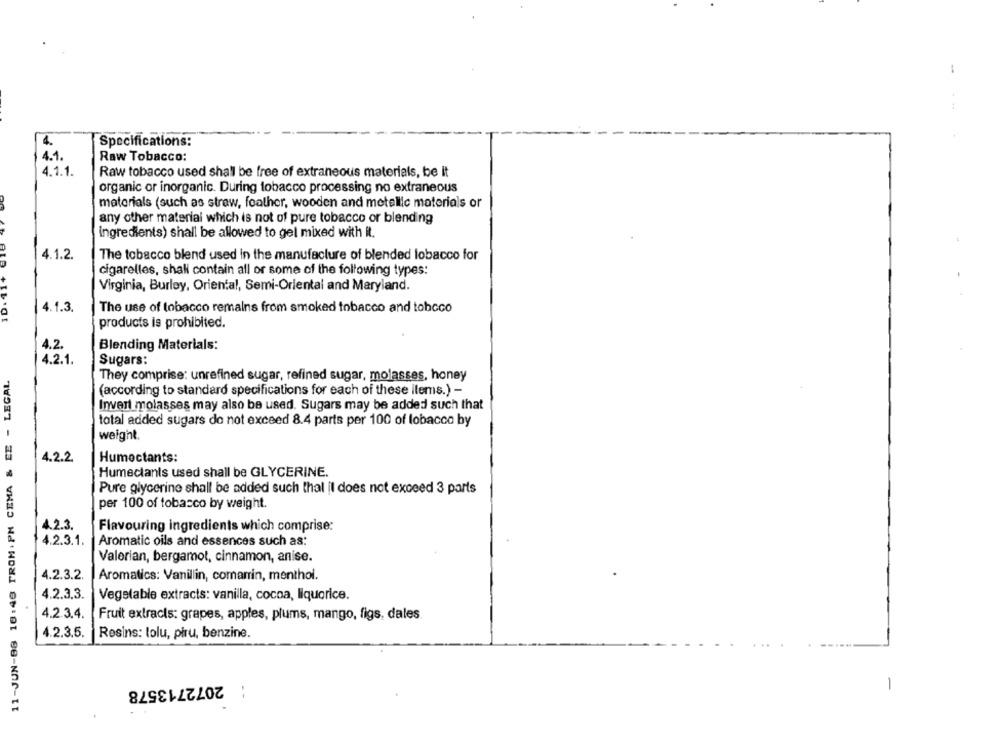
4.
Specifications:
4.1.
Raw Tobacco:
4.1.1.
Raw tobacco used shall be free of extraneous materials, be it
organic or inorganic. During tobacco processing no extraneous
materials (such as straw, feather, wooden and metallic materials or
any other material which is not of pure tobacco or blending
Ingredients) shall be allowed to gel mixed with it.
4.1.2.
The tobacco blend used in the manufacture of blended lobacco for
ID. 11+
cigarelles, shall contain all or some of the following types:
Virginia, Burley, Oriental, Semi-Oriental and Maryland.
4.1.3.
The use of tobacco remains from smoked tobacco and tobeco
products is prohibited.
4.2
Blending Materials:
4.2.1.
Sugars:
11-JUN-88 16:48 FROM: PM CEMA & EE - LEGAL
They comprise: unrefined sugar, refined sugar, molasses, honey
(according to standard specifications for each of these items.) -
Invert molasses may also be used. Sugars may be added such that
total added sugars do not exceed 8.4 parts per 100 of lobacco by
weight.
4.2.2.
Humectants:
Humectants used shall be GLYCERINE.
Pure glycerine shall be added such thal il does not exceed 3 parts
per 100 of tobacco by weight.
4.2.3.
Flavouring ingredients which comprise:
4.2.3.1.
Aromatic oils and essences such as:
Valerian, bergamot, cinnamon, anise.
4.2.3.2.
Aromatics: Vanillin, comarin, menthol.
4.2.3.3.
Vegetable extracts: vanilla, cocoa, liquorice.
4.2.3.4.
Fruit extracts: grapes, apples, plums, mango, figs, dales
4.2.3.5.
Resins: tolu, piru, benzine.
2072713578
-